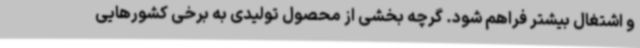
و اشتغال بیشتر فراهم شود. گرچه بخشی از محصول تولیدی به برخی کشورهایی